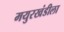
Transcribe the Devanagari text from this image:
मयुरखंडीला